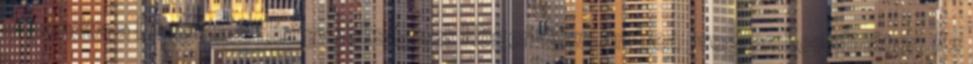
– mondta a Független Hírügynökségnek Höger-Siku Andrea programkoordinátor. Az